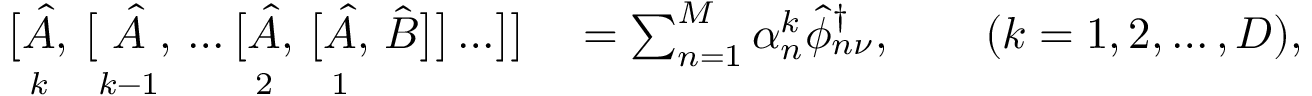
\begin{array} { r l } { \bigl [ \underset { \vphantom { \bigl [ } k } { \hat { A } } , \, \bigl [ \underset { \vphantom { \bigl [ } k - 1 } { \hat { A } } , \, \ldots \bigl [ \underset { \vphantom { \bigl [ } 2 } { \hat { A } } , \, \bigl [ \underset { \vphantom { \bigl [ } 1 } { \hat { A } } , \, \hat { B } \bigr ] \bigr ] \ldots \bigr ] \bigr ] } & { { } = \sum _ { n = 1 } ^ { M } \alpha _ { n } ^ { k } \hat { \phi } _ { n \nu } ^ { \dagger } , \qquad ( k = 1 , 2 , \ldots , D ) , } \end{array}